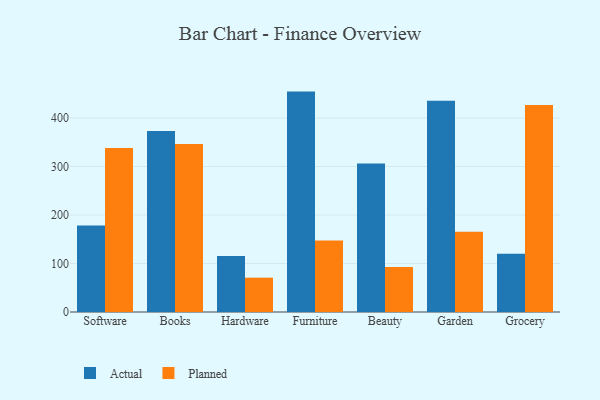
{"axis": {"x": "Category", "y": "Market Share (%)"}, "legend": ["Actual", "Planned"], "data": [{"x": "Software", "y": 178.2, "type": "Actual"}, {"x": "Software", "y": 338.2, "type": "Planned"}, {"x": "Books", "y": 373.5, "type": "Actual"}, {"x": "Books", "y": 346.3, "type": "Planned"}, {"x": "Hardware", "y": 115.6, "type": "Actual"}, {"x": "Hardware", "y": 70.8, "type": "Planned"}, {"x": "Furniture", "y": 454.5, "type": "Actual"}, {"x": "Furniture", "y": 147.7, "type": "Planned"}, {"x": "Beauty", "y": 306.1, "type": "Actual"}, {"x": "Beauty", "y": 92.8, "type": "Planned"}, {"x": "Garden", "y": 435.6, "type": "Actual"}, {"x": "Garden", "y": 165.5, "type": "Planned"}, {"x": "Grocery", "y": 120.1, "type": "Actual"}, {"x": "Grocery", "y": 426.9, "type": "Planned"}]}